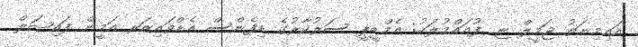
އައިމިނަތު ޖަމީލް ޏ. ފުއައްމުލަކު: އެމްޑީޕީ ސަރުކާރުގެ ޑިފެންސް އެޑްވައިޒަރ އަމީން ފައިޞަލް